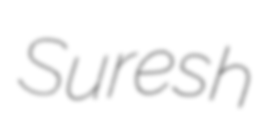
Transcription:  Suresh